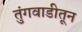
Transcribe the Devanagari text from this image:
तुंगवाडीतून